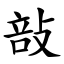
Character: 㪗